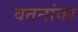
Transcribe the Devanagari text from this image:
वतनांवर